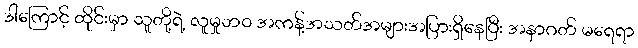
ဒါကြောင့် ထိုင်းမှာ သူတို့ရဲ့ လူမှုဘ၀ အကန့်အသတ်အများအပြားရှိနေပြီး အနာဂတ် မရေရာ